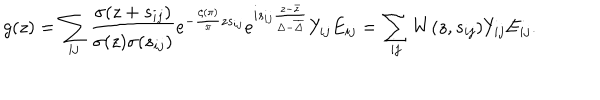
g ( z ) = \sum _ { i j } \frac { \sigma ( z + s _ { i j } ) } { \sigma ( z ) \sigma ( s _ { i j } ) } e ^ { - \frac { \zeta ( \pi ) } { \pi } z s _ { i j } } e ^ { i s _ { i j } \frac { z - \bar { z } } { \Delta - \overline { { \Delta } } } } Y _ { i j } E _ { i j } = \sum _ { i j } W ( z , s _ { i j } ) Y _ { i j } E _ { i j } .